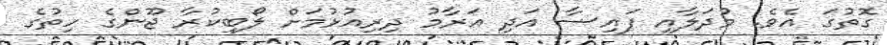
ގޮތުގަ އެވެ. މުދަލާއި ފައިސާ އަދި އަރާމު ދިރިއުޅުމަށް ލޯބިކުރާ ޖޫންގެ ހިތުގެ